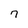
Character: 7